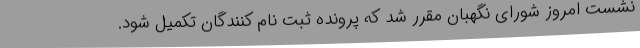
نشست امروز شورای نگهبان مقرر شد که پرونده ثبت نام کنندگان تکمیل شود.